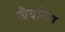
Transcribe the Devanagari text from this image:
जैवविष